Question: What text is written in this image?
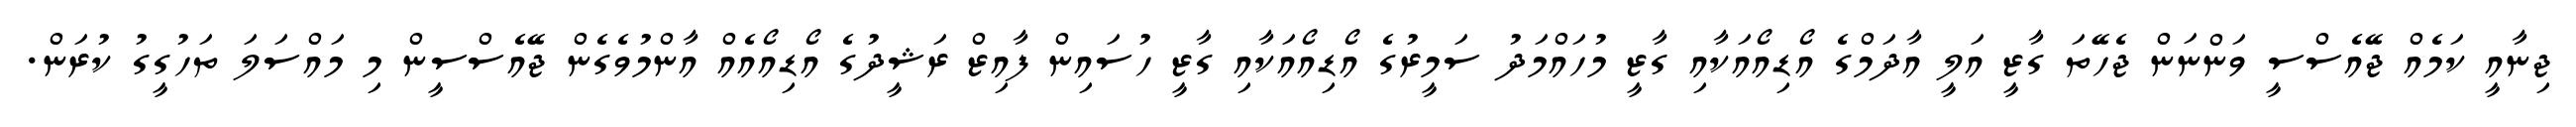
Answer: ޖިނާއީ ކަމެއް ޖޭއެސްސީ ވަންނަން ޖެހޭތަ ގާޒީ އަލީ އާދަމްގެ އޯޑިއޯއަކާއި ގާޒީ މުހައްމަދު ސަމީރުގެ އޯޑިއޯއަކާއި ގާޒީ ހުސައިން ފާއިޒް ރަޝީދުގެ އޯޑިއޯއެއް އާންމުވެގެން ޖޭއެސްސީން މި މައްސަލަ ތަހުގީގު ކުރަން.